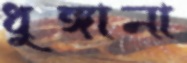
ধুঙ্গানা